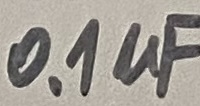
Text: 0.1µF